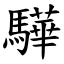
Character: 驊